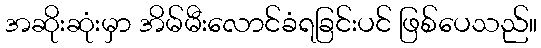
အဆိုးဆုံးမှာ အိမ်မီးလောင်ခံရခြင်းပင် ဖြစ်ပေသည်။